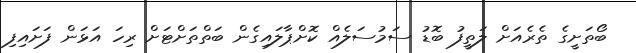
ބޯތަށީގެ ތެރެއަށް ލަތީފު ބޮޑު ސަމުސަލެއް ކޮށްޕާލައިގެން ބަތްތަށްޓަށް ރިހަ އަޅަން ފަށައިފި